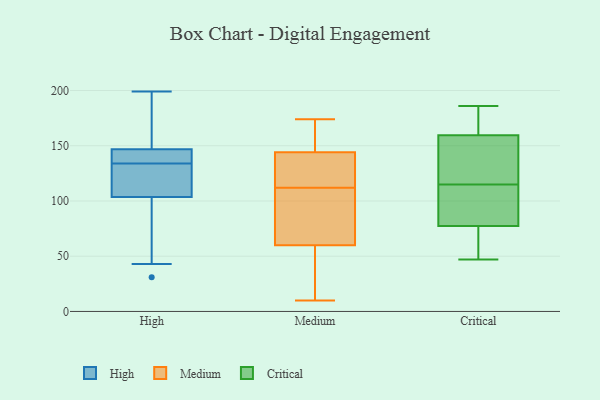
{"axis": {"x": "Bounce Rate (%)", "y": "Value"}, "legend": ["Critical", "High", "Medium"], "data": [{"x": "", "y": 143, "type": "High"}, {"x": "", "y": 121, "type": "High"}, {"x": "", "y": 199, "type": "High"}, {"x": "", "y": 69, "type": "High"}, {"x": "", "y": 31, "type": "High"}, {"x": "", "y": 115, "type": "High"}, {"x": "", "y": 161, "type": "High"}, {"x": "", "y": 143, "type": "High"}, {"x": "", "y": 134, "type": "High"}, {"x": "", "y": 43, "type": "High"}, {"x": "", "y": 123, "type": "High"}, {"x": "", "y": 138, "type": "High"}, {"x": "", "y": 158, "type": "High"}, {"x": "", "y": 51, "type": "Medium"}, {"x": "", "y": 74, "type": "Medium"}, {"x": "", "y": 174, "type": "Medium"}, {"x": "", "y": 31, "type": "Medium"}, {"x": "", "y": 10, "type": "Medium"}, {"x": "", "y": 130, "type": "Medium"}, {"x": "", "y": 161, "type": "Medium"}, {"x": "", "y": 86, "type": "Medium"}, {"x": "", "y": 44, "type": "Medium"}, {"x": "", "y": 121, "type": "Medium"}, {"x": "", "y": 103, "type": "Medium"}, {"x": "", "y": 144, "type": "Medium"}, {"x": "", "y": 60, "type": "Medium"}, {"x": "", "y": 139, "type": "Medium"}, {"x": "", "y": 139, "type": "Medium"}, {"x": "", "y": 155, "type": "Medium"}, {"x": "", "y": 66, "type": "Medium"}, {"x": "", "y": 151, "type": "Medium"}, {"x": "", "y": 124, "type": "Critical"}, {"x": "", "y": 122, "type": "Critical"}, {"x": "", "y": 115, "type": "Critical"}, {"x": "", "y": 158, "type": "Critical"}, {"x": "", "y": 160, "type": "Critical"}, {"x": "", "y": 48, "type": "Critical"}, {"x": "", "y": 47, "type": "Critical"}, {"x": "", "y": 186, "type": "Critical"}, {"x": "", "y": 54, "type": "Critical"}, {"x": "", "y": 81, "type": "Critical"}, {"x": "", "y": 169, "type": "Critical"}, {"x": "", "y": 76, "type": "Critical"}, {"x": "", "y": 110, "type": "Critical"}, {"x": "", "y": 83, "type": "Critical"}, {"x": "", "y": 178, "type": "Critical"}]}